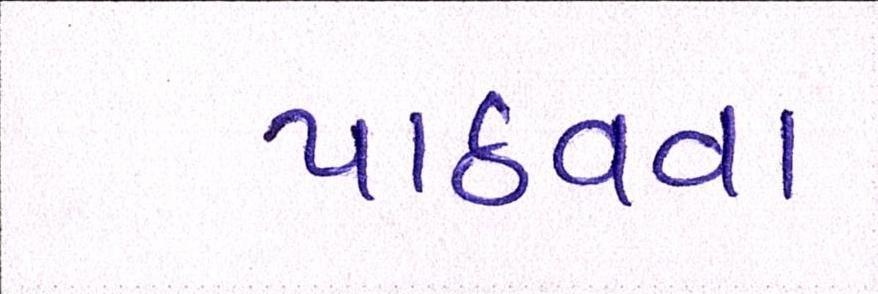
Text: પાઠવવા